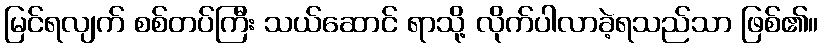
မြင်ရလျက် စစ်တပ်ကြီး သယ်ဆောင် ရာသို့ လိုက်ပါလာခဲ့ရသည်သာ ဖြစ်၏။